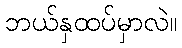
ဘယ်နှထပ်မှာလဲ။